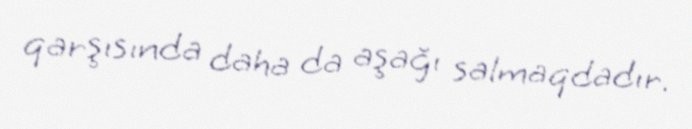
qarşısında daha da aşağı salmaqdadır.